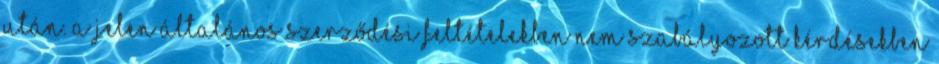
után. A jelen általános szerződési feltételekben nem szabályozott kérdésekben